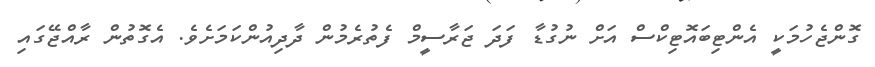
ގޮންޖެހުމަކީ އެންޓިބައޮޓިކްސް އަށް ނުގުޑާ ފަދަ ޖަރާސީމް ފެތުރެމުން ދާދިއުންކަމަށެވެ. އެގޮތުން ރާއްޖޭގައި